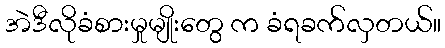
အဲဒီလိုခံစားမှုမျိုးတွေ က ခံရခက်လှတယ်။